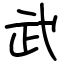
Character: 武